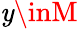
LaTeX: \mathit{y}\inM